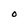
Character: O